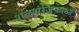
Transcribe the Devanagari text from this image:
शलभंजिकाओं